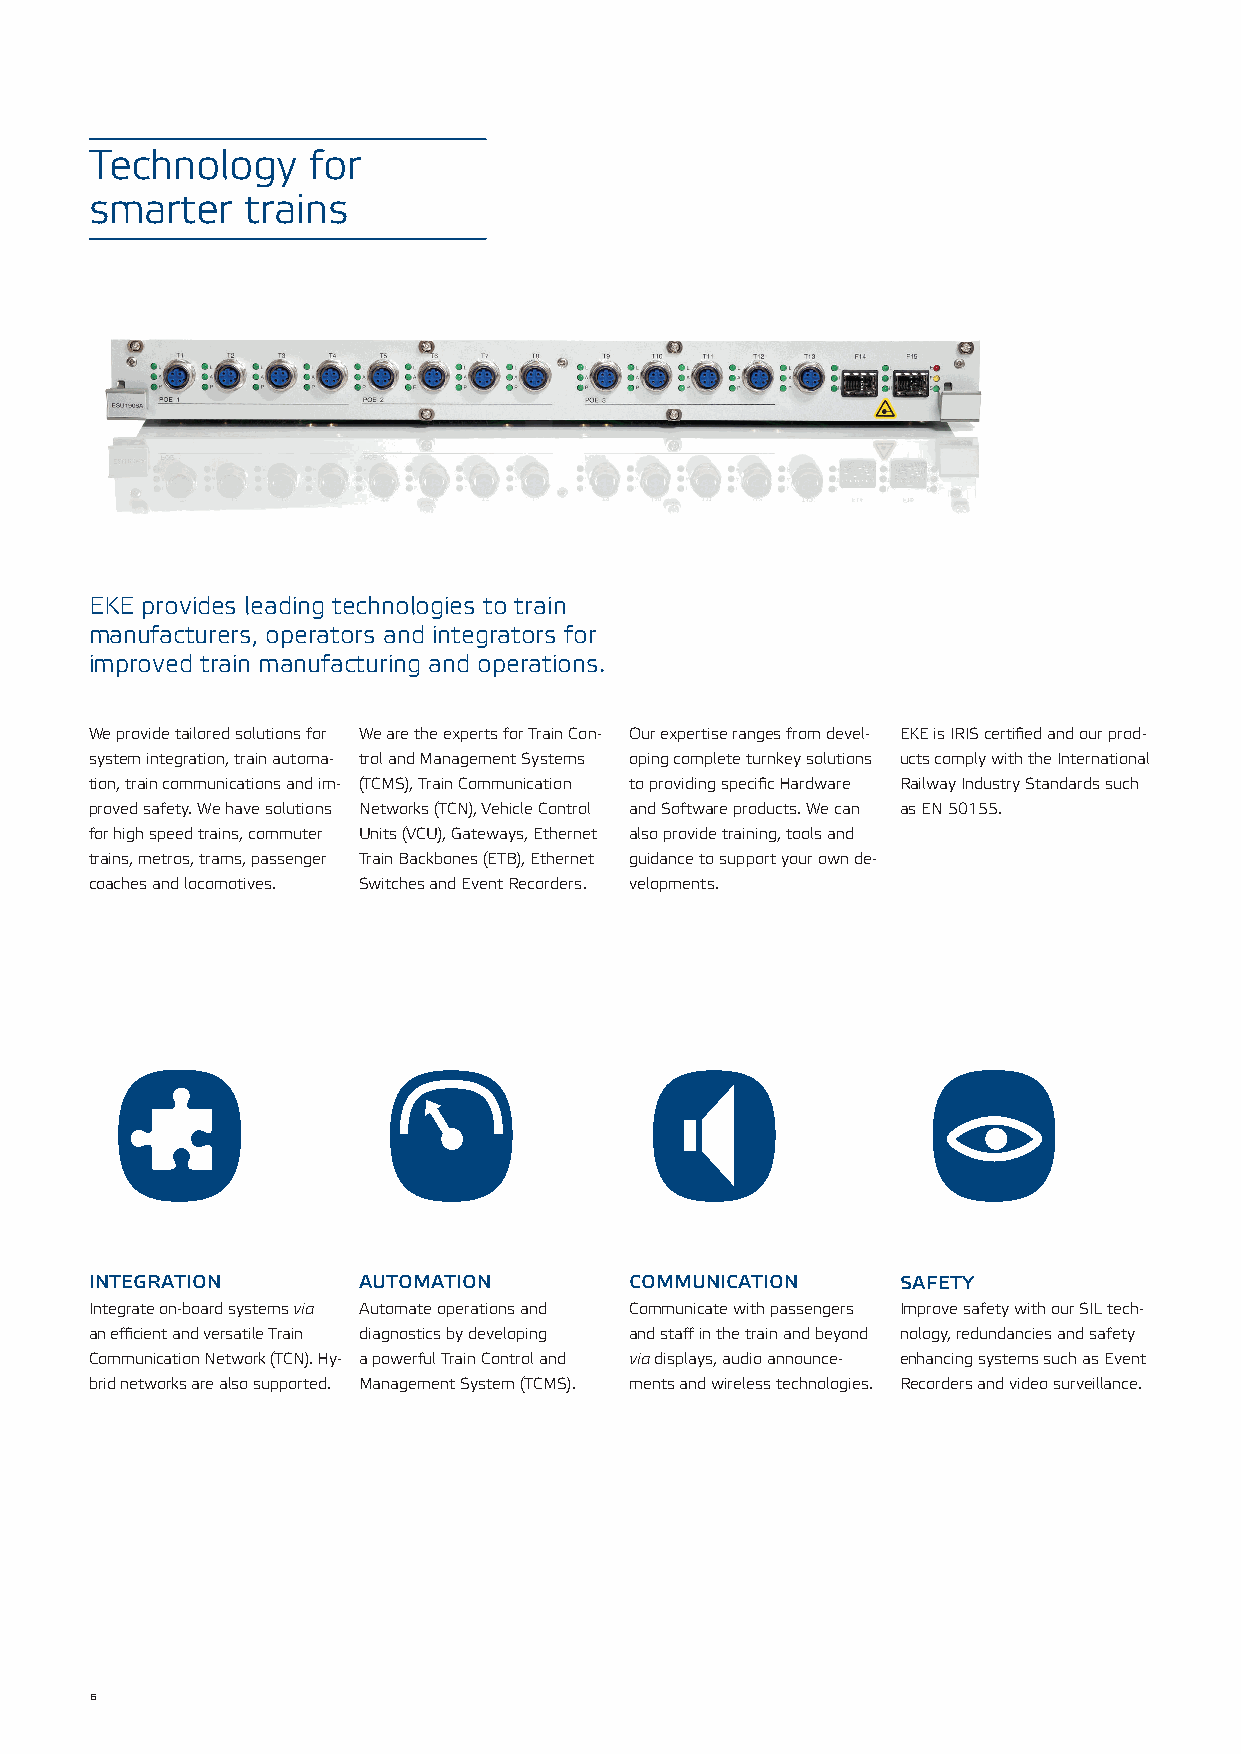
Technology    for
 smarter   trains
 EKE provides leading technologies to train
 manufacturers, operators and integrators for
 improved train manufacturing and operations.
 We provide tailored solutions for We are the experts for Train Con- Our expertise ranges from devel- EKE is IRIS certified and our prod-
 system integration, train automa- trol and Management Systems oping complete turnkey solutions ucts comply with the International
 tion, train communications and im- (TCMS), Train Communication to providing specific Hardware Railway Industry Standards such
 proved safety. We have solutions Networks (TCN), Vehicle Control and Software products. We can as EN 50155.
 for high speed trains, commuter Units (VCU), Gateways, Ethernet also provide training, tools and
 trains, metros, trams, passenger Train Backbones (ETB), Ethernet guidance to support your own de-
 coaches and locomotives. Switches and Event Recorders. velopments.
 integration       automation        communication     safety
 Integrate on-board systems via Automate operations and Communicate with passengers Improve safety with our SIL tech-
 an efficient and versatile Train diagnostics by developing and staff in the train and beyond nology, redundancies and safety
 Communication Network (TCN). Hy- a powerful Train Control and via displays, audio announce- enhancing systems such as Event
 brid networks are also supported. Management System (TCMS). ments and wireless technologies. Recorders and video surveillance.
 6